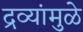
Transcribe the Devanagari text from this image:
द्रव्यांमुळे